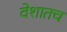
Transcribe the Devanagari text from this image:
वेशातच